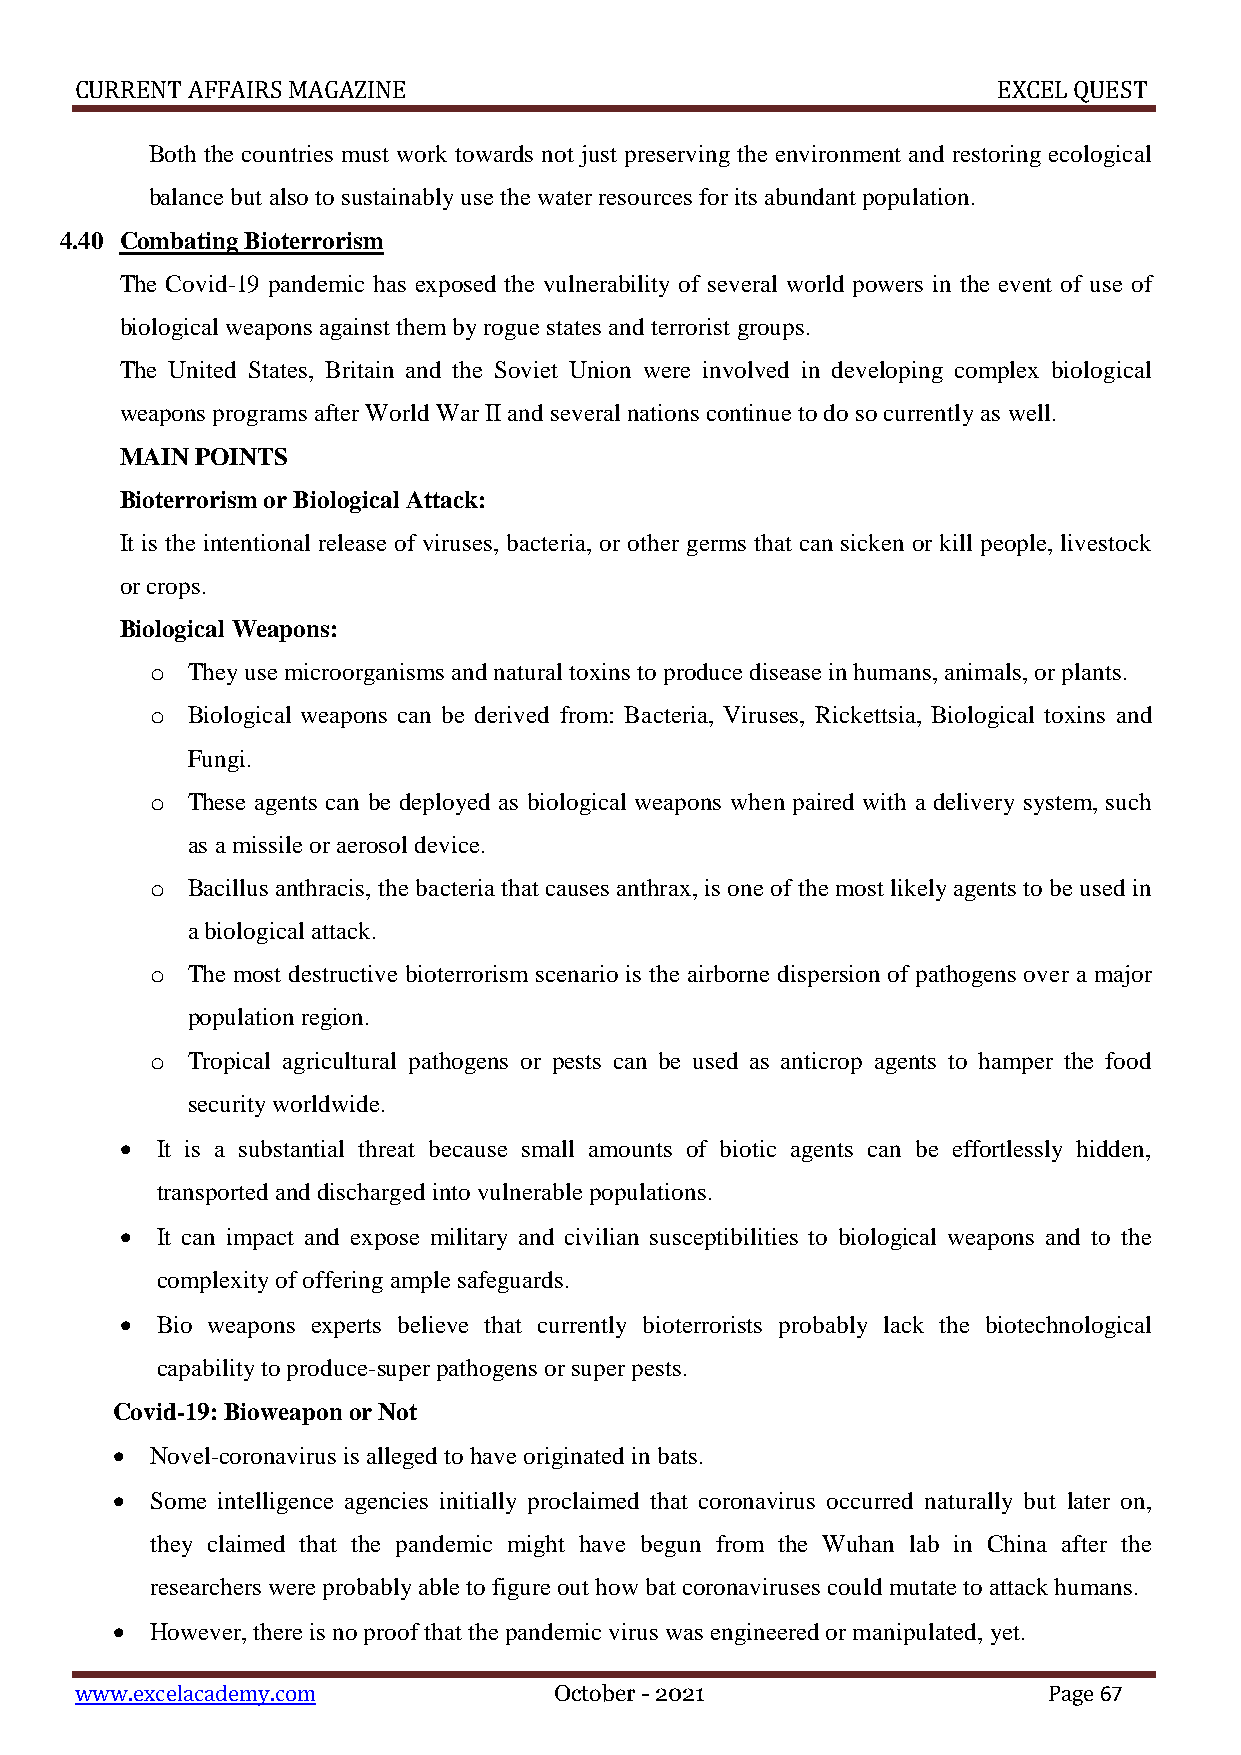
CURRENT AFFAIRS MAGAZINE                                     EXCEL QUEST
 Both the countries must work towards not just preserving the environment and restoring ecological
 balance but also to sustainably use the water resources for its abundant population.
 4.40 Combating Bioterrorism
 The Covid-19 pandemic has exposed the vulnerability of several world powers in the event of use of
 biological weapons against them by rogue states and terrorist groups.
 The United States, Britain and the Soviet Union were involved in developing complex biological
 weapons programs after World War II and several nations continue to do so currently as well.
 MAIN POINTS
 Bioterrorism or Biological Attack:
 It is the intentional release of viruses, bacteria, or other germs that can sicken or kill people, livestock
 or crops.
 Biological Weapons:
 o They use microorganisms and natural toxins to produce disease in humans, animals, or plants.
 o Biological weapons can be derived from: Bacteria, Viruses, Rickettsia, Biological toxins and
 Fungi.
 o These agents can be deployed as biological weapons when paired with a delivery system, such
 as a missile or aerosol device.
 o Bacillus anthracis, the bacteria that causes anthrax, is one of the most likely agents to be used in
 a biological attack.
 o The most destructive bioterrorism scenario is the airborne dispersion of pathogens over a major
 population region.
 o Tropical agricultural pathogens or pests can be used as anticrop agents to hamper the food
 security worldwide.
  It is a substantial threat because small amounts of biotic agents can be effortlessly hidden,
 transported and discharged into vulnerable populations.
  It can impact and expose military and civilian susceptibilities to biological weapons and to the
 complexity of offering ample safeguards.
  Bio weapons experts believe that currently bioterrorists probably lack the biotechnological
 capability to produce-super pathogens or super pests.
 Covid-19: Bioweapon or Not
   Novel-coronavirus is alleged to have originated in bats.
   Some intelligence agencies initially proclaimed that coronavirus occurred naturally but later on,
 they claimed that the pandemic might have begun from the Wuhan lab in China after the
 researchers were probably able to figure out how bat coronaviruses could mutate to attack humans.
   However, there is no proof that the pandemic virus was engineered or manipulated, yet.
 www.excelacademy.com            October - 2021                  Page 67